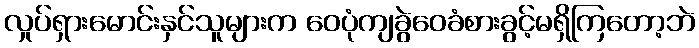
လှုပ်ရှားမောင်းနှင်သူများက ဝေပုံကျခွဲဝေခံစားခွင့်မရှိကြတော့ဘဲ